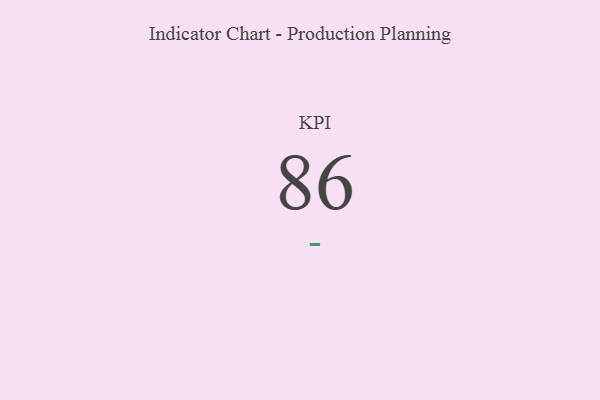
{"axis": {"x": "KPI", "y": "Value"}, "legend": [""], "data": [{"x": "KPI", "y": 86, "type": ""}]}